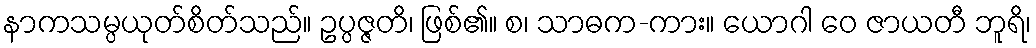
နာကသမ္ပယုတ်စိတ်သည်။ ဥပ္ပဇ္ဇတိ၊ ဖြစ်၏။ စ၊ သာဓက-ကား။ ယောဂါ ဝေ ဇာယတီ ဘူရိ၊